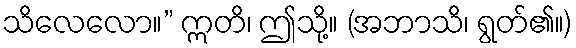
သိလေလော။” ဣတိ၊ ဤသို့။ (အဘာသိ၊ ရွတ်၏။)